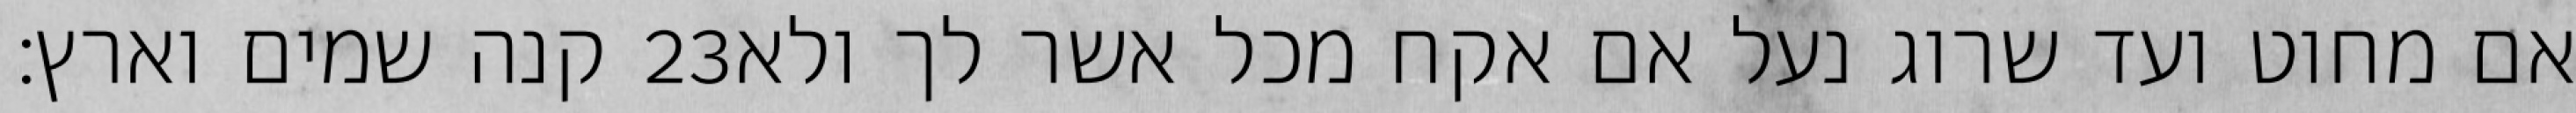
קנה שמים וארץ׃ ‎23‏ אם מחוט ועד שרוג נעל אם אקח מכל אשר לך ולא